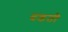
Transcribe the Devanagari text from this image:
दडती